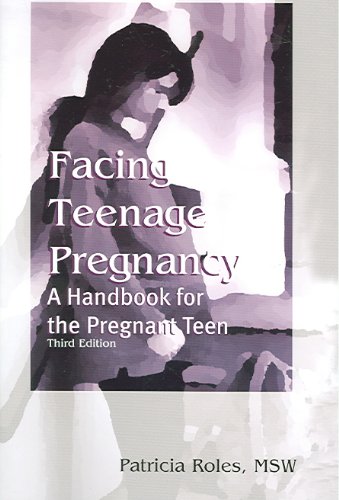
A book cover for Facing Teenage Pregnancy: A Handbook For The Pregnant Teen; Patricia Roles; Teen & Young Adult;